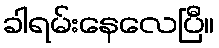
ခါရမ်းနေလေပြီ။